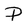
Character: P